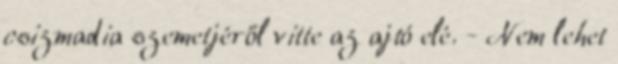
csizmadia szemetjéről vitte az ajtó elé. - Nem lehet